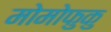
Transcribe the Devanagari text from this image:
मोमोफुकु